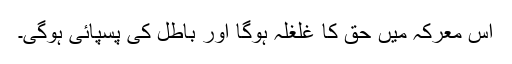
اس معرکہ میں حق کا غلغلہ ہوگا اور باطل کی پسپائی ہوگی۔